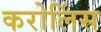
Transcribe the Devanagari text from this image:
करोलिंस